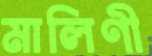
মালিণী